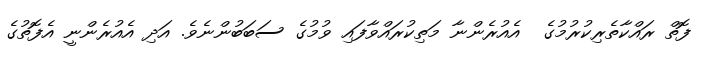
ފޮތް ރައްކާތެރިކުރުމުގެ  އެއުރެންނާ މަތިކުރައްވާފައި ވުމުގެ ސަބަބުންނެވެ. އަދި އެއުރެންނީ އެފޮތުގެ